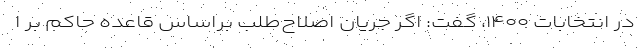
در انتخابات ۱۴۰۰، گفت: اگر جریان اصلاح‌طلب براساس قاعده حاکم بر ا